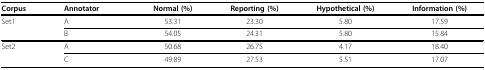
<table><thead><tr><td><b>Corpus</b></td><td><b>Annotator</b></td><td><b>Normal (%)</b></td><td><b>Reporting (%)</b></td><td><b>Hypothetical (%)</b></td><td><b>Information (%)</b></td></tr></thead><tbody><tr><td>Set1</td><td>A</td><td>53.31</td><td>23.30</td><td>5.80</td><td>17.59</td></tr><tr><td></td><td>B</td><td>54.05</td><td>24.31</td><td>5.80</td><td>15.84</td></tr><tr><td>Set2</td><td>A</td><td>50.68</td><td>26.75</td><td>4.17</td><td>18.40</td></tr><tr><td></td><td>C</td><td>49.89</td><td>27.53</td><td>5.51</td><td>17.07</td></tr></tbody></table>